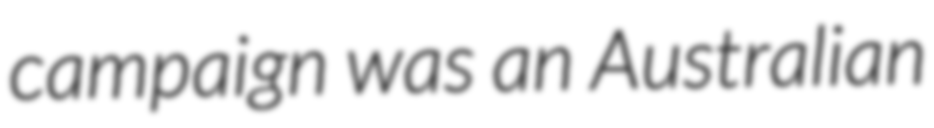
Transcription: campaign was an Australian